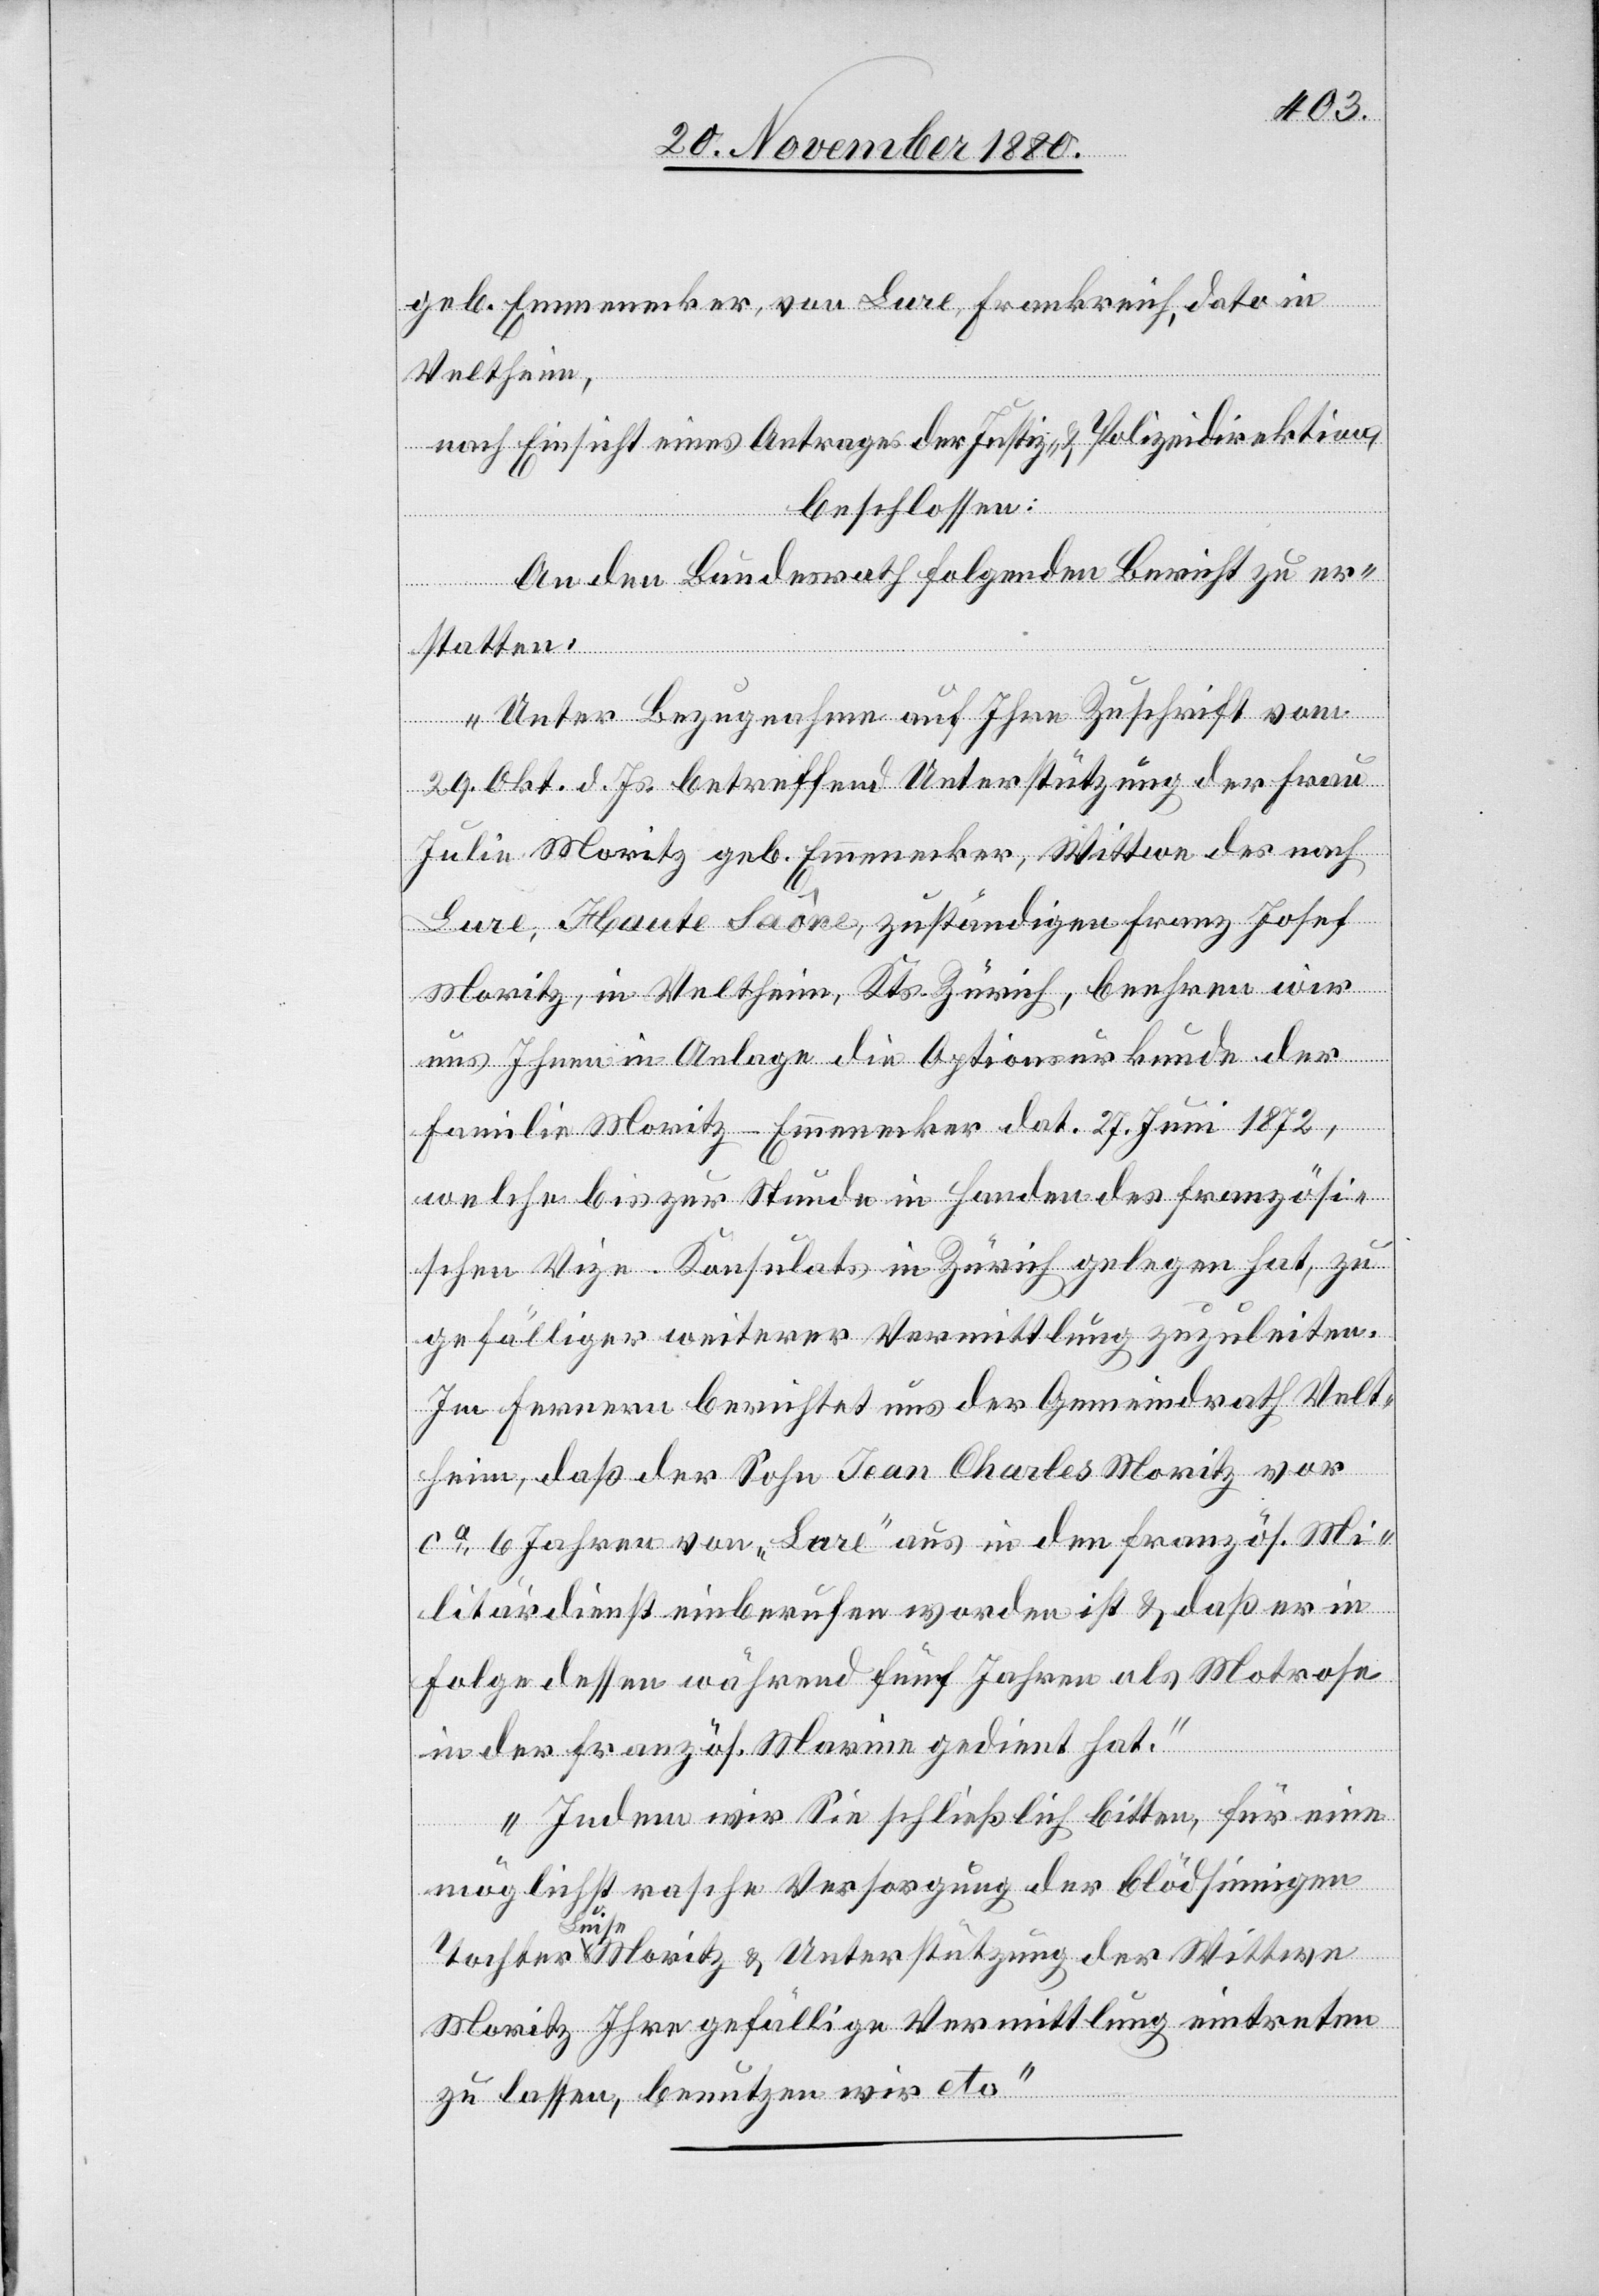
geb. Emmenecker, von Lure, Frankreich, dato in
Veltheim,
nach Einsicht eines Antrages der Justiz- & Polizeidirektion,
beschlossen:
An den Bundesrath folgenden Bericht zu er¬
statten:
„Unter Bezugnahme auf Ihre Zuschrift vom
29. Okt. d. Js. betreffend Unterstützung der Frau
Julie Moritz geb. Emmenecker, Wittwe des nach
Lure, Haute Saône, zuständigen Franz Josef
Moritz, in Veltheim, Kts. Zürich, beehren wir
uns Ihnen in Anlage die Optionsurkunde der
Familie Moritz-Emmenecker dat. 27. Juni 1872,
welche bis zur Stunde in Handen des französi¬
schen Vize-Konsulats in Zürich gelegen hat, zu
gefälliger weiterer Vermittlung zuzuleiten.
Im Fernern berichtet uns der Gemeindrath Velt¬
heim, daß der Sohn Jean Charles Moritz vor
ca 6 Jahren von „Lure“ aus in den französ. Mi¬
litärdienst einberufen worden ist & daß er in
Folge dessen während fünf Jahren als Motrose
in der französ. Marine gedient hat.
Indem wir Sie schließlich bitten, für eine
möglichst rasche Versorgung der blödsinnigen
Tochter
Luise Moritz & Unterstützung der Wittwe
Moritz Ihre gefällige Vermittlung eintreten
zu lassen, benutzen wir etc.“